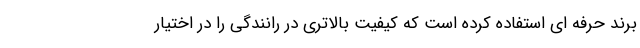
برند حرفه ای استفاده کرده است که کیفیت بالاتری در رانندگی را در اختیار